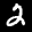
Label: 2